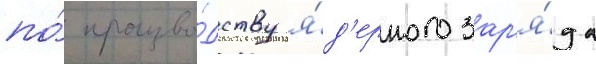
по́ произво́дству я́д'ерного зар'я́да